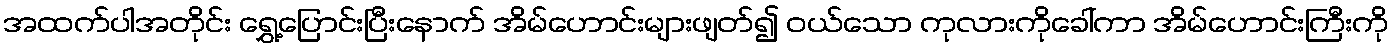
အထက်ပါအတိုင်း ရွှေ့ပြောင်းပြီးနောက် အိမ်ဟောင်းများဖျတ်၍ ဝယ်သော ကုလားကိုခေါ်ကာ အိမ်ဟောင်းကြီးကို